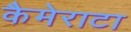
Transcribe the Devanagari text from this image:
कैमेराटा